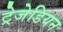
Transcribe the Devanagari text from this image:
ट्रेजेडियन